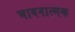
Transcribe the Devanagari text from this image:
भावनात्मक